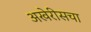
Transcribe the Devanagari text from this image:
अखेरीसचा